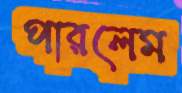
পারলেম